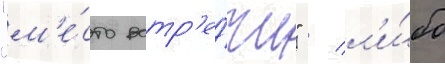
"м'е́сто встр'е́чи" / л'и́бо